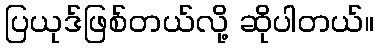
ပြယုဒ်ဖြစ်တယ်လို့ ဆိုပါတယ်။